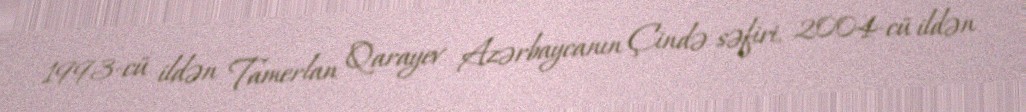
1993-cü ildən Tamerlan Qarayev Azərbaycanın Çində səfiri, 2004-cü ildən